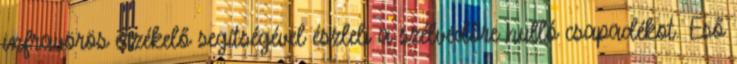
infravörös érzékelő segítségével észleli a szélvédőre hulló csapadékot. Eső